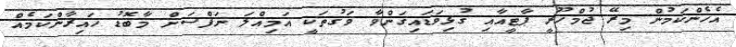
އެހެންކަމުން މިރޭ ޖުމްހޫރީ ޕާޓީއާއި ގުޅިވަޑައިގަަންވާ ވަގުތަކީ އަމިއްލަ ނަފްސަށް މާބޮޑު ހައިރާންކަމެއް